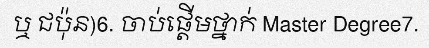
ឬ ជប៉ុន)6. ចាប់ផ្តើមថ្នាក់ Master Degree7.